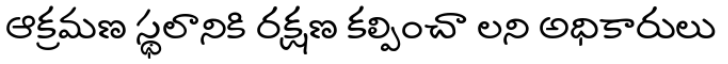
ఆక్రమణ స్థలానికి రక్షణ కల్పించా లని అధికారులు